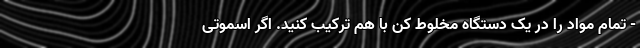
- تمام مواد را در یک دستگاه مخلوط کن با هم ترکیب کنید. اگر اسموتی